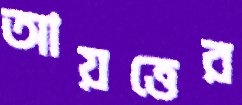
আয়ত্তের